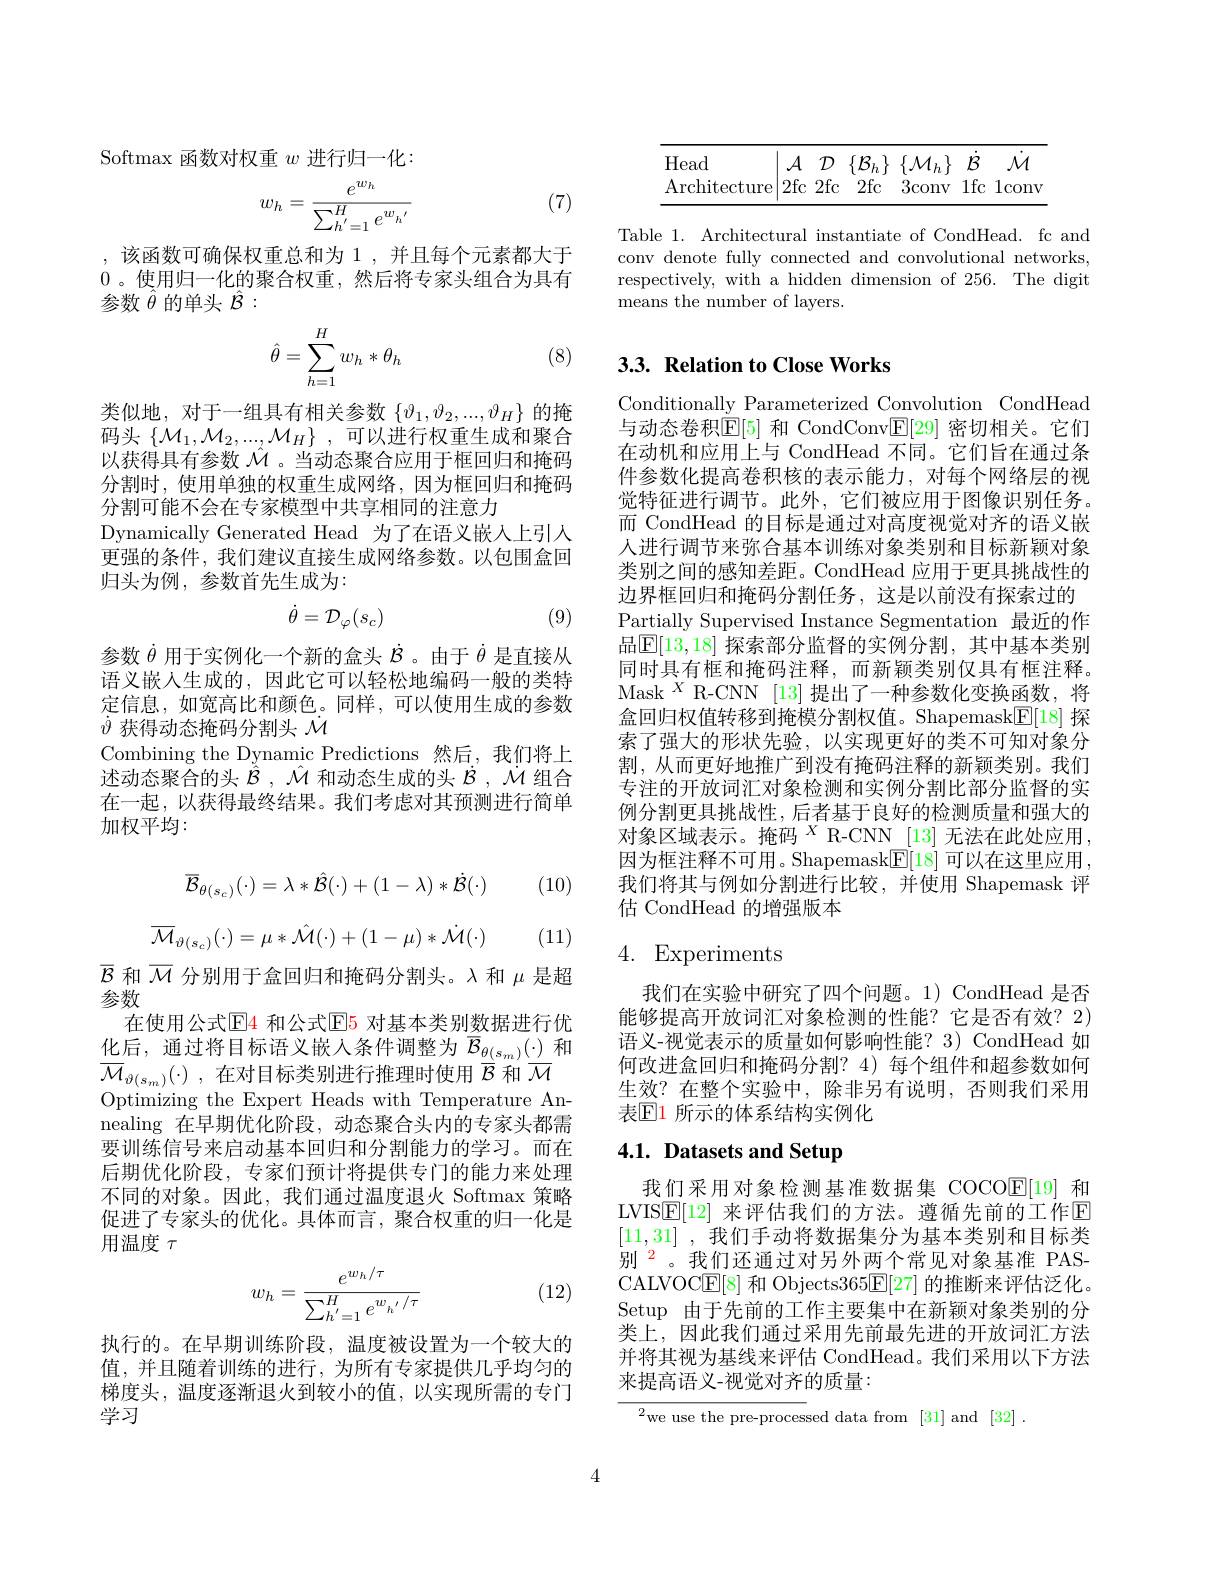
Softmax 函数对权重$w$进行归一化：

(7)
$$w_h=\frac{e^{w_h}}{\sum_{h^{'}=1}^{H}e^{w_h^{'}}}$$
,该函数可确保权重总和为 1 ,并且每个元素都大于0 。使用归一化的聚合权重，然后将专家头组合为具有参数$\hat{\theta}$的单头$\hat{\mathcal{B}}:$

(8)
$$\hat{\theta}=\sum_{h=1}^Hw_h*\theta_h$$
类似地，对于一组具有相关参数$\{\vartheta_1,\vartheta_2,...,\vartheta_H\}$的掩码头$\left\{\mathcal{M}_1,\mathcal{M}_2,...,\mathcal{M}_H\right\}$,可以进行权重生成和聚合以获得具有参数$\hat{\mathcal{M}}$ 。当动态聚合应用于框回归和掩码分割时，使用单独的权重生成网络，因为框回归和掩码分割可能不会在专家模型中共享相同的注意力
Dynamically Generated Head 为了在语义嵌人上引入更强的条件，我们建议直接生成网络参数。以包围盒回归头为例，参数首先生成为：
$$\dot{\theta}=\mathcal{D}_{\varphi}(s_{c})$$
(9)

参数$\dot{\theta}$用于实例化一个新的盒头$\dot{B}$ 。由于$\dot{\theta}$是直接从语义嵌人生成的，因此它可以轻松地编码一般的类特定信息，如宽高比和颜色。同样，可以使用生成的参数$\dot{\vartheta}$获得动态掩码分割头$\dot{\mathcal{M}}$
Combining the Dynamic Predictions 然后，我们将上述动态聚合的头$\ddot\hat{\mathcal{B}},\hat{\mathcal{M}}$和动态生成的头$\dot{\mathcal{B}},\dot{\mathcal{M}}$组合在一起，以获得最终结果。我们考虑对其预测进行简单加权平均：

(10)
$$\overline{\mathcal{B}}_{\theta(s_c)}(\cdot)=\lambda*\hat{\mathcal{B}}(\cdot)+(1-\lambda)*\dot{\mathcal{B}}(\cdot)$$
$$\overline{\mathcal{M}}_{\vartheta(s_c)}(\cdot)=\mu*\hat{\mathcal{M}}(\cdot)+(1-\mu)*\dot{\mathcal{M}}(\cdot)$$
(11)

$\overline{\mathcal{B}}$和$\overline{\mathcal{M}}$分别用于盒回归和掩码分割头。$\lambda$和$\mu$是超
参数
在使用公式$\mathbb{E}$4 和公式$\mathbb{E}$5 对基本类别数据进行优$\underline{\text{化后，通过将目标语义嵌入条件调整为}}\overline{\mathcal{B}}_{\underline{\theta(s_m)}}(\cdot)$和$\overline {\mathcal{M} }_{\vartheta ( s_m) }( \cdot )$ , 在对目标类别进行推理时使用$\overline{\mathcal{B}}$和$\overline{\mathcal{M}}$ Optimizing the Expert Heads with Temperature Annealing 在早期优化阶段，动态聚合头内的专家头都需要训练信号来启动基本回归和分割能力的学习。而在后期优化阶段，专家们预计将提供专门的能力来处理不同的对象。因此，我们通过温度退火 Softmax 策略促进了专家头的优化。具体而言，聚合权重的归一化是用温度$\tau$

(12)
$$w_h=\frac{e^{w_h/\tau}}{\sum_{h'=1}^He^{w_{h'}/\tau}}$$
执行的。在早期训练阶段，温度被设置为一个较大的值，并且随着训练的进行，为所有专家提供几乎均匀的梯度头，温度逐渐退火到较小的值，以实现所需的专门学习

<table>
	<tbody>
		<tr>
			<td>Head</td>
			<td>4 $\mathcal{D}$</td>
			<td>$\{\mathcal{M}_{h}\}$ $\mathcal{E}$</td>
			<td>7 1 1 1 1</td>
			<td>${\mathcal{M}}$</td>
		</tr>
		<tr>
			<td>$\operatorname{Architecture}$</td>
			<td>fc 2fc</td>
			<td>3conv 1f</td>
			<td>$1\csc$ 3</td>
			<td>1conv</td>
		</tr>
	</tbody>
</table>

Table 1. Architectural instantiate of CondHead. fc and conv denote fully connected and convolutional networks, respectively, with a hidden dimension of 256. The digit means the number of layers.

## $3. 3. \textbf{ Relation to Close Works}$

Conditionally Parameterized Convolution CondHead 与动态卷积$\overline{\mathbb{E}}[5]$ 和 CondConv$\mathbb{E}[29]$ 密切相关。它们在动机和应用上与 CondHead 不同。它们旨在通过条件参数化提高卷积核的表示能力，对每个网络层的视觉特征进行调节。此外，它们被应用于图像识别任务。而 CondHead 的目标是通过对高度视觉对齐的语义嵌人进行调节来弥合基本训练对象类别和目标新颖对象类别之间的感知差距。CondHead 应用于更具挑战性的边界框回归和掩码分割任务，这是以前没有探索过的Partially Supervised Instance Segmentation 最近的作品$\mathbb{E}[13,18]$ 探索部分监督的实例分割，其中基本类别同时具有框和掩码注释，而新颖类别仅具有框注释。Mask$^{X}$R-CNN [13]提出了一种参数化变换函数，将盒回归权值转移到掩模分割权值。Shapemask$\underline{\mathrm{E}}[18]$探索了强大的形状先验，以实现更好的类不可知对象分割，从而更好地推广到没有掩码注释的新颖类别。我们专注的开放词汇对象检测和实例分割比部分监督的实例分割更具挑战性，后者基于良好的检测质量和强大的对象区域表示。掩码$^X$R-CNN [13]无法在此处应用， 因为框注释不可用。Shapemask$\underline{\mathbb{E}}[18]$可以在这里应用， 我们将其与例如分割进行比较，并使用 Shapemask 评估 CondHead 的增强版本

# 4. Experiments

我们在实验中研究了四个问题。1) CondHead 是否能够提高开放词汇对象检测的性能？它是否有效？2) 语义-视觉表示的质量如何影响性能？3) CondHead 如何改进盒回归和掩码分割？4) 每个组件和超参数如何生效？在整个实验中，除非另有说明，否则我们采用表$\mathbb{E}$1 所示的体系结构实例化

# 4.1. Datasets and Setup

我们采用对象检测基准数据集 COCO$\overline{\mathbb{E}}[19]$和LVIS$\mathbb{E}[12]$ 来评估我们的方法。遵循先前的工作$\mathbb{E}$ [11,31] ,我们手动将数据集分为基本类别和目标类别$^{2}$。我们还通过对另外两个常见对象基准 PASCALVOC$\underline{\mathrm{E}}[8]$和 Objects365$\underline{\mathrm{E}}[27]$的推断来评估泛化。Setup 由于先前的工作主要集中在新颖对象类别的分类上，因此我们通过采用先前最先进的开放词汇方法并将其视为基线来评估 CondHead。我们采用以下方法来提高语义-视觉对齐的质量：

${\frac{{^2}\mathrm{we~use~the~pre-proces}}}$sed data from [31]and [32]

4